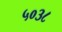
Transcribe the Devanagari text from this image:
५०३८